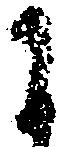
に